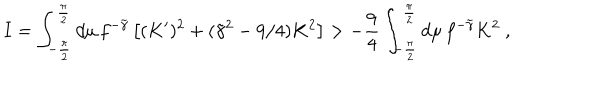
LaTeX: I = \int _ { - { \frac { \pi } { 2 } } } ^ { \frac { \pi } { 2 } } d \mu \, f ^ { - \tilde { \gamma } } \left[ ( K ^ { \prime } ) ^ { 2 } + ( \tilde { \gamma } ^ { 2 } - 9 / 4 ) K ^ { 2 } \right] > { - { \frac { 9 } { 4 } } } \int _ { - { \frac { \pi } { 2 } } } ^ { \frac { \pi } { 2 } } d \mu \, f ^ { - \tilde { \gamma } } K ^ { 2 } \ ,